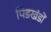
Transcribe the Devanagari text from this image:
पिंडखंडों